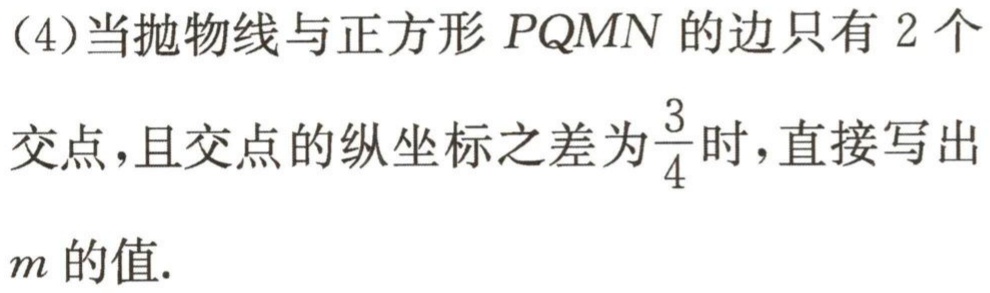
(4)当抛物线与正方形 \(PQMN\) 的边只有 \(2\) 个

交点，且交点的纵坐标之差为 \(\frac{3}{4}\) 时，直接写出

\(m\) 的值.